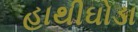
હાથીઘોડા